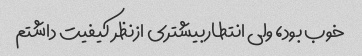
خوب بود، ولی انتطاربیشتری ازنظر کیفیت داشتم